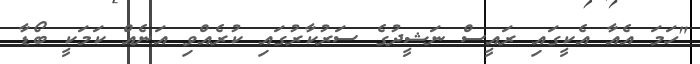
"ހަމަ އެއާ އެކީގައި ރައީސް ނަޝީދުގެ ސަރުކާރުގައި ކުރެއްވި އަނެއް ކަމަކީ ބޯޑާ